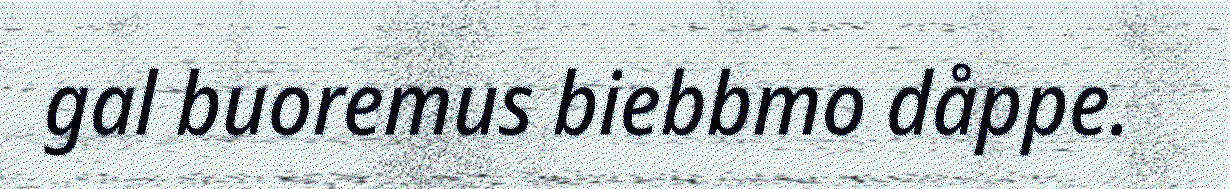
gal buoremus biebbmo dåppe.